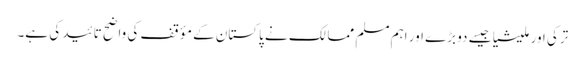
ترکی اور ملیشیا جیسے دو بڑے اور اہم مسلم ممالک نے پاکستان کے مؤقف کی واضح تائید کی ہے۔